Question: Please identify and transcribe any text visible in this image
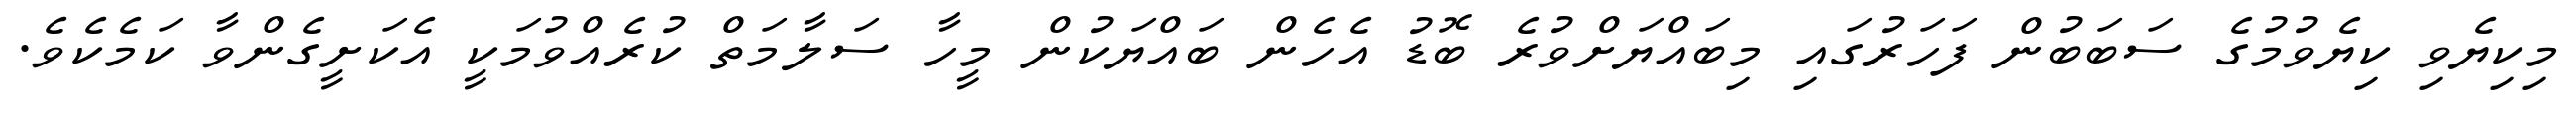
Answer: މިކިޔެވި ކިޔެވުމުގެ ސަބަބުން ފަހަރުގައި މިބައްޔަށްވުރެ ބޮޑު އެހެން ބައްޔަކުން މީހާ ސަލާމަތް ކުރެއްވުމަކީ އެކަށީގެންވާ ކަމެކެވެ.